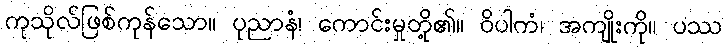
ကုသိုလ်ဖြစ်ကုန်သော။ ပုညာနံ၊ ကောင်းမှုတို့၏။ ဝိပါကံ၊ အကျိုးကို။ ပဿ